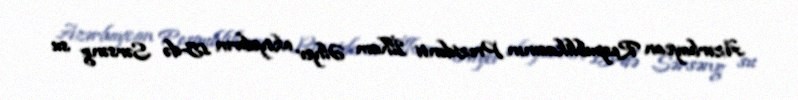
Azərbaycan Respublikasının Prezidenti İlham Əliyev oktyabrın 15-də Sərsəng su